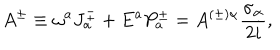
A ^ { \pm } \equiv \omega ^ { a } J _ { a } ^ { \pm } + E ^ { a } P _ { a } ^ { \pm } = A ^ { ( \pm ) \alpha } \frac { \sigma _ { \alpha } } { 2 i } ,